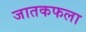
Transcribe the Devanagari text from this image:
जातकफला